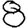
Digit: 8